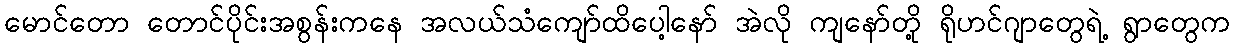
မောင်တော တောင်ပိုင်းအစွန်းကနေ အလယ်သံကျော်ထိပေါ့နော် အဲလို ကျနော်တို့ ရိုဟင်ဂျာတွေရဲ့ ရွာတွေက